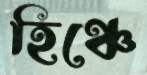
হিঞ্চে